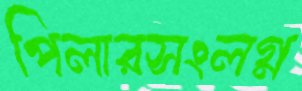
পিলারসংলগ্ন